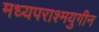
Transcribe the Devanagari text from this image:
मध्यपराश्मयुगीन